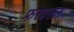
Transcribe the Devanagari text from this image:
फरवरल